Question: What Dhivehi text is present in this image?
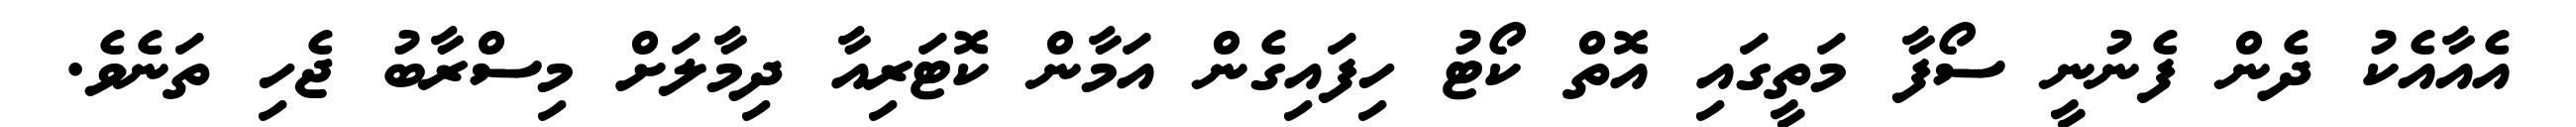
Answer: އެއާއެކު ދެން ފެނުނީ ސޯފާ މަތީގައި އޮތް ކޯޓު ހިފައިގެން އަމާން ކޮޓަރިއާ ދިމާލަށް މިސްރާބު ޖެހި ތަނެވެ.